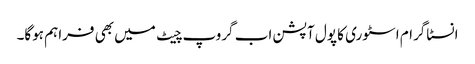
انسٹاگرام اسٹوری کا پول آپشن اب گروپ چیٹ میں بھی فراہم ہوگا۔